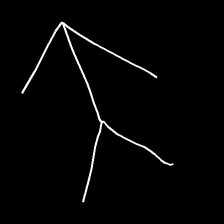
Glyph: gather